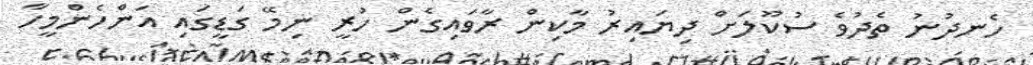
ހެނދުނު ތެދުވެ ސުކޫލަށް ދިޔައިރު މާކިން ރާވައިގެން ހުރީ ނިމޭ ގަޑީގައި އަންހެންމީހާ